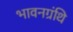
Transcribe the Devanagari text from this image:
भावनग्रंथि